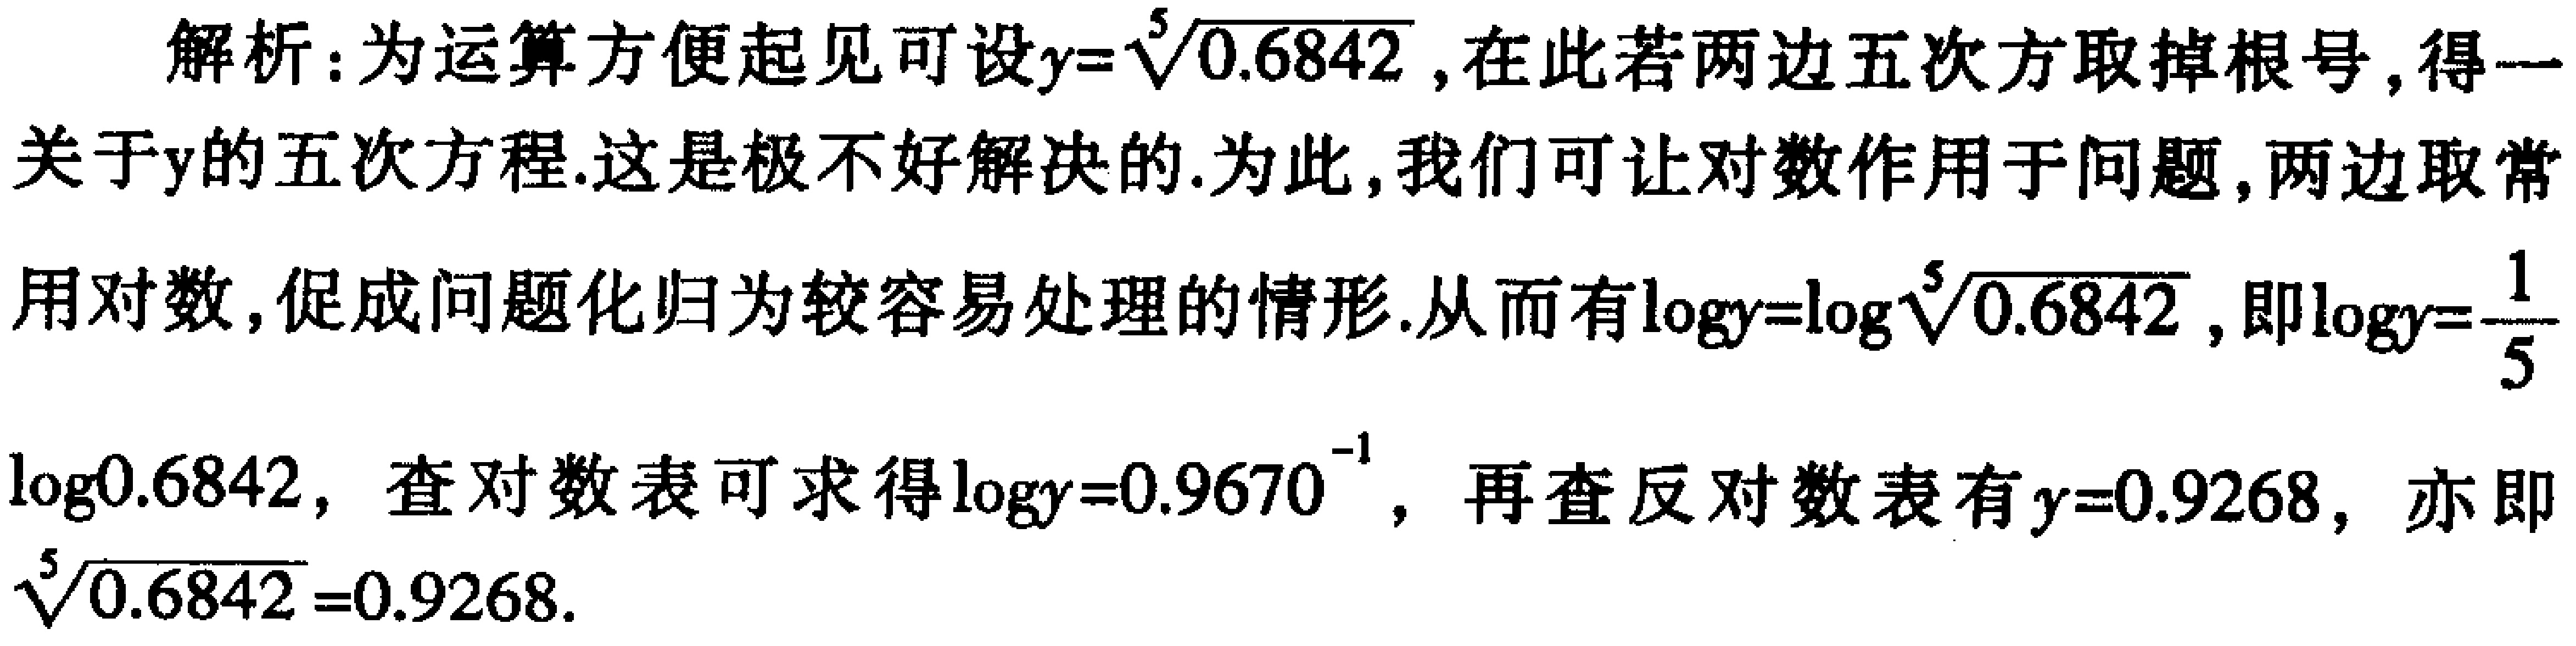
解析：为运算方便起见可设\(y = \sqrt[5]{0.6842}\)，在此若两边五次方取掉根号，得一关于\(y\)的五次方程.这是极不好解决的.为此，我们可让对数作用于问题，两边取常用对数，促成问题化归为较容易处理的情形.从而有\(\log y=\log\sqrt[5]{0.6842}\)，即\(\log y = \frac{1}{5}\log0.6842\)，查对数表可求得\(\log y = 0.9670^{-1}\)，再查反对数表有\(y = 0.9268\)，亦即\(\sqrt[5]{0.6842}=0.9268\).